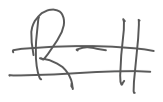
Text: R-11
Cross-out: double-line
Writing tool: digital_gray